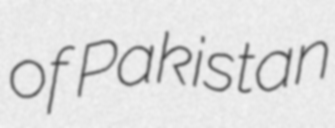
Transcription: of Pakistan